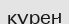
күрен